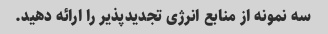
سه نمونه از منابع انرژی تجدیدپذیر را ارائه دهید.